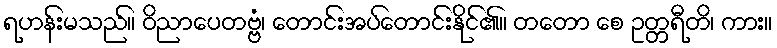
ရဟန်းမသည်။ ဝိညာပေတဗ္ဗံ၊ တောင်းအပ်တောင်းနိုင်၏။ တတော စေ ဥတ္တရီတိ၊ ကား။